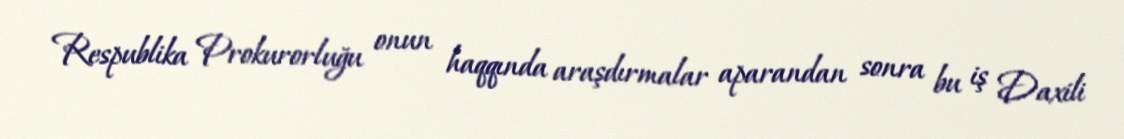
Respublika Prokurorluğu onun haqqında araşdırmalar aparandan sonra bu iş Daxili